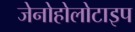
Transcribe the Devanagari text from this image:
जेनोहोलोटाइप